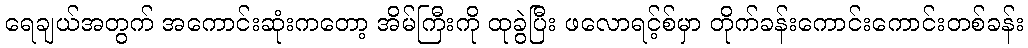
ရေချယ်အတွက် အကောင်းဆုံးကတော့ အိမ်ကြီးကို ထုခွဲပြီး ဖလောရင့်စ်မှာ တိုက်ခန်းကောင်းကောင်းတစ်ခန်း